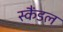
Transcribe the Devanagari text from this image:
स्‍कैंडल